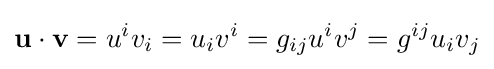
\mathbf {u} \cdot \mathbf {v} =u^{i}v_{i}=u_{i}v^{i}=g_{ij}u^{i}v^{j}=g^{ij}u_{i}v_{j}